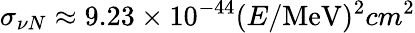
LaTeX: \sigma_{\nu N}\approx 9.23\times 10^{-44}(E/\mathrm{MeV})^{2}cm^{2}